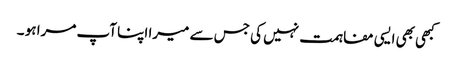
کبھی بھی ایسی مفاہمت نہیں کی جس سے میرا اپنا آپ مرا ہو ۔